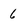
Character: 6